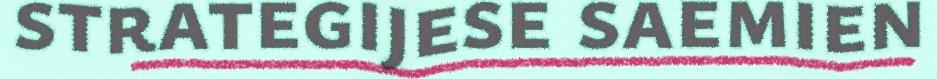
strategijese saemien